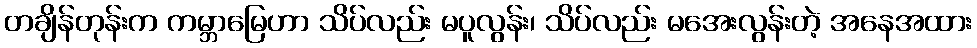
တချိန်တုန်းက ကမ္ဘာမြေဟာ သိပ်လည်း မပူလွန်း၊ သိပ်လည်း မအေးလွန်းတဲ့ အနေအထား